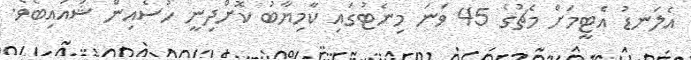
އެލަނޑު އެޓީމަށް މެޗުގެ 45 ވަނަ މިނެޓުގައި ކާމިޔާބު ކޮށްދިނީ ހުސެއިން ޝުއައިބެވެ.